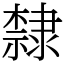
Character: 隸